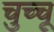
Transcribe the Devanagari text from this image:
चुच्चू